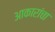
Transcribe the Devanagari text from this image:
आकारांचा